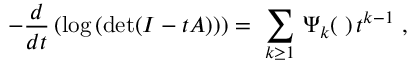
- { \frac { d } { d t } } \left( \mathrm { l o g } \left( \mathrm { d e t } ( I - t A ) \right) \right) = \ \sum _ { k \geq 1 } \, \Psi _ { k } ( { \bf \alpha } ) \, t ^ { k - 1 } \ ,